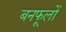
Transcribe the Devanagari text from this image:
बनफूलों